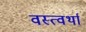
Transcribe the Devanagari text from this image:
वस्त्वर्था